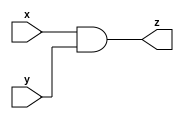
`timescale 1ns/10ps
module gac_and_gate (x, y, z);
  input x;
  input y;
  output z;
  
  assign z = (x&y) ;
  
  
endmodule